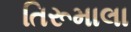
તિરૂમાલા